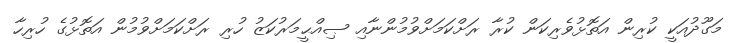
މަގޫދުއަކީ ކުރިން އަތޮޅުވެރިކަން ކުރާ ރަށްކަމަށްވުމުންނާއި ޞިއްޙީމަރުކަޒު ހުރި ރަށްކަމަށްވުމުން އަތޮޅުގެ ހުރިހާ